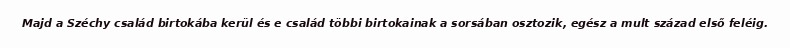
Majd a Széchy család birtokába kerül és e család többi birtokainak a sorsában osztozik, egész a mult század első feléig.